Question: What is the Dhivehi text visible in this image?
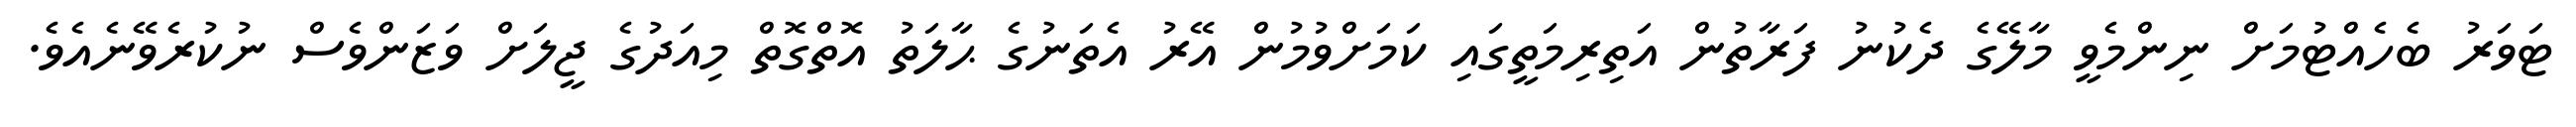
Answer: ޓަވަރު ބެހެއްޓުމަށް ނިންމެވީ މާލޭގެ ދެކުނު ފަރާތުން އަތިރިމަތީގައި ކަމަށްވުމުން އޭރު އެތަނުގެ ޙާލަތު އޮތްގޮތް މިއަދުގެ ޖީލަށް ވަޒަންވެސް ނުކުރެވޭނެއެވެ.